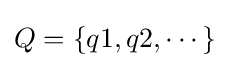
Q=\{q1,q2,\cdots \}